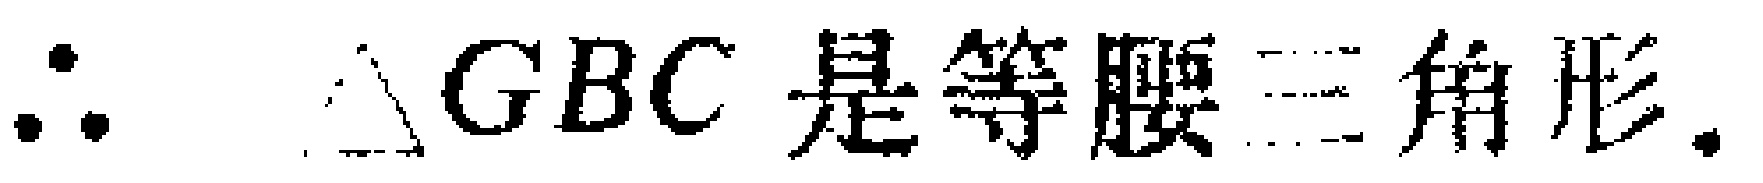
$\therefore \triangle GBC\text{ 是等腰三角形.}$